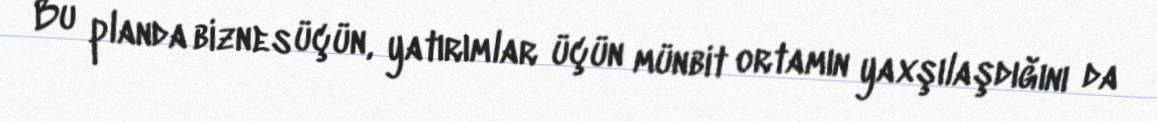
Bu planda biznes üçün, yatırımlar üçün münbit ortamın yaxşılaşdığını da